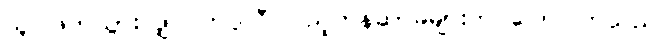
သူ ဖြတ်သွားလျှင် ကပ္ပလီ ပြည့်တန်ဆာမများက ပြောင်ကြသည်။